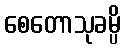
စေတောသုခမ္ပိ